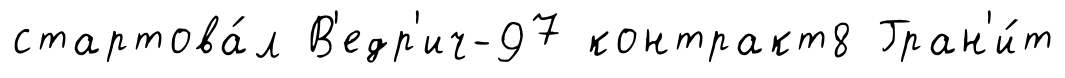
стартова́л В'едр'ич-97 контракт8 Гран'и́т